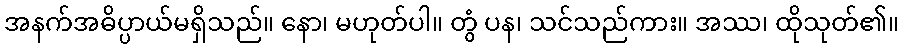
အနက်အဓိပ္ပာယ်မရှိသည်။ နော၊ မဟုတ်ပါ။ တွံ ပန၊ သင်သည်ကား။ အဿ၊ ထိုသုတ်၏။